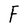
Character: F